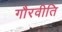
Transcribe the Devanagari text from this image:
गौरवीति